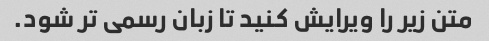
متن زیر را ویرایش کنید تا زبان رسمی تر شود.